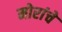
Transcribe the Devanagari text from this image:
मोरांचे